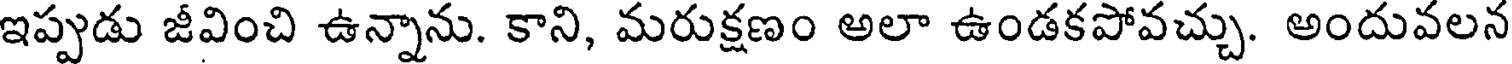
ఇప్పుడు జీవించి ఉన్నాను. కాని, మరుక్షణం అలా ఉండకపోవచ్చు. అందువలన